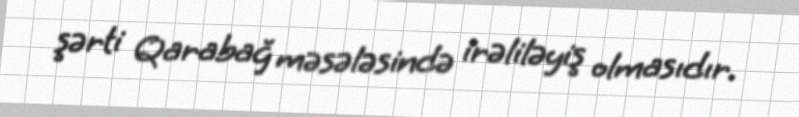
şərti Qarabağ məsələsində irəliləyiş olmasıdır.